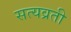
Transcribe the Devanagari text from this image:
सत्यव्रती